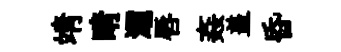
靖睛灞唇姦盖昏